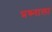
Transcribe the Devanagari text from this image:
प्रश्र्नाला